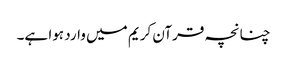
چنانچہ قرآن کریم میں وارد ہوا ہے۔